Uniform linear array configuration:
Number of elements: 16
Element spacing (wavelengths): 0.25
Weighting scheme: hann
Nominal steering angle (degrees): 60
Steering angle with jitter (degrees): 60.382
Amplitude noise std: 0.05
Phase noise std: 0.05

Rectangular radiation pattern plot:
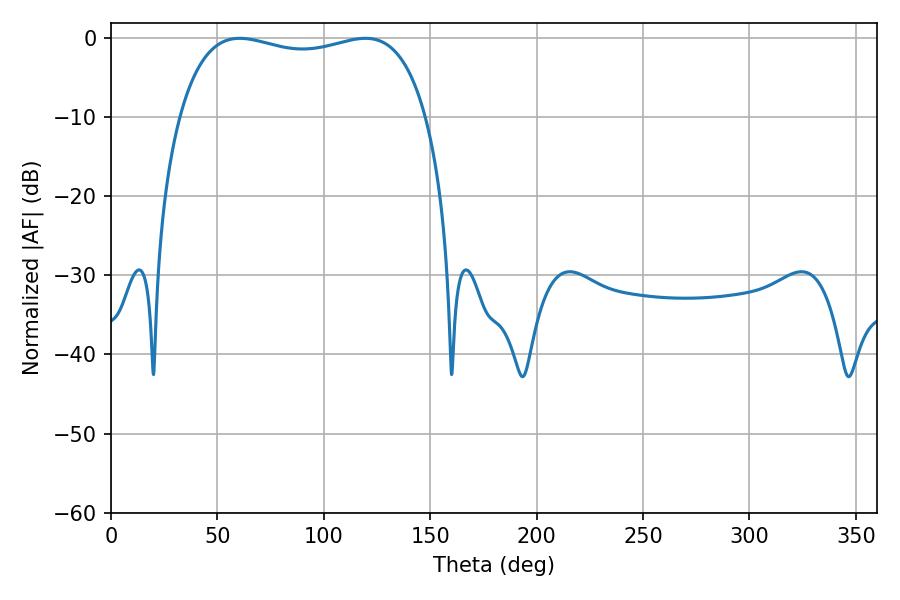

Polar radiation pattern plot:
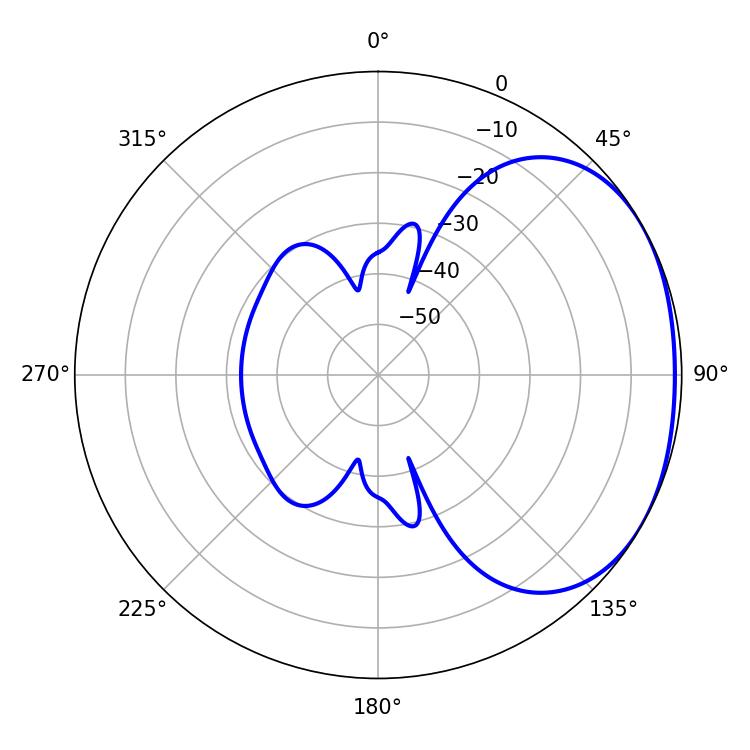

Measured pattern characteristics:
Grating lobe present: FALSE
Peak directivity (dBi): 1.831
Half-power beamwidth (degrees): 94.32
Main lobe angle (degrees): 60.48